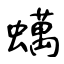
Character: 蠇